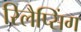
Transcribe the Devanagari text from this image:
रिलैप्सिंग